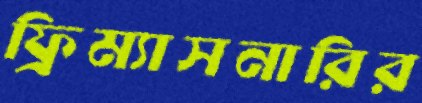
ফ্রিম্যাসনারির